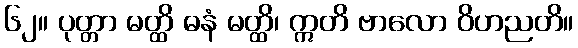
၆၂။ ပုတ္တာ မတ္ထိ ဓနံ မတ္ထိ၊ ဣတိ ဗာလော ဝိဟညတိ။